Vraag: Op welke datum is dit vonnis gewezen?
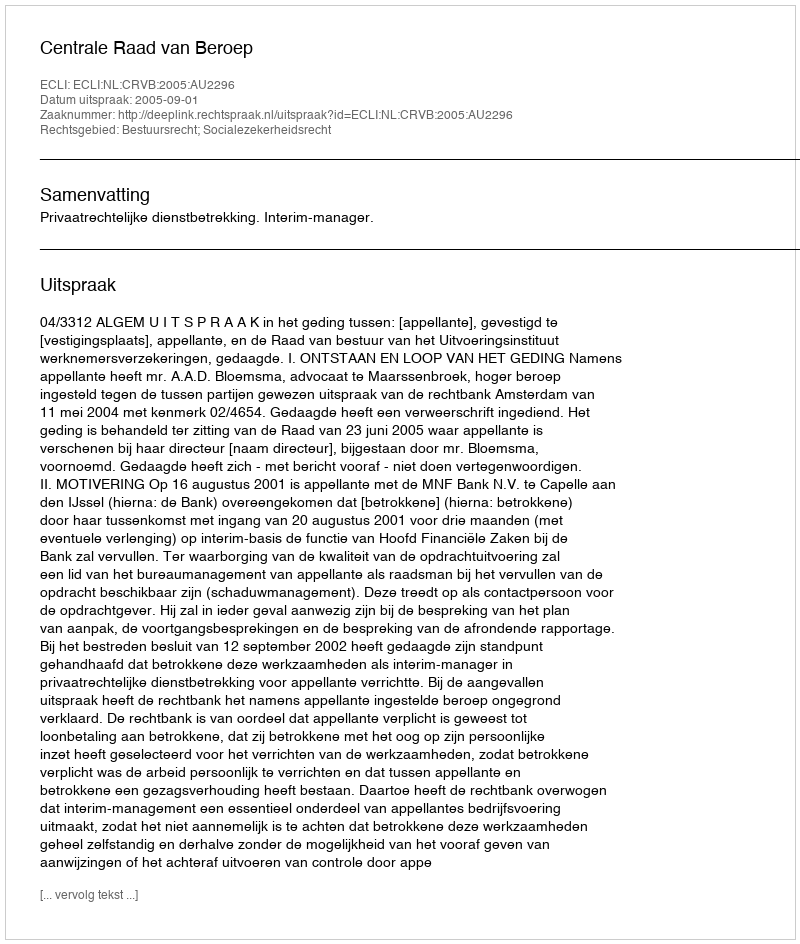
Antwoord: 2005-09-01